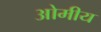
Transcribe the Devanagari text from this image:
ओमीय